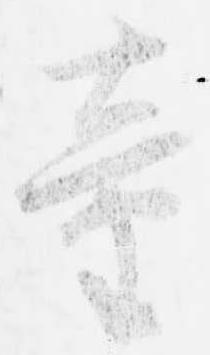
童